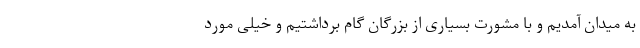
به میدان آمدیم و با مشورت بسیاری از بزرگان گام برداشتیم و خیلی مورد